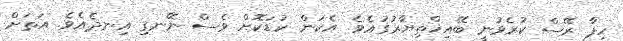
ހިފާ ރޭސް ކުރެވުނީ ބޭއިޚްތިޔާރުގައެވެ. އެކަން ކުޑަކޮށް ވެސް ނޭނގި އިނދެއެވެ. އަތަށް